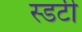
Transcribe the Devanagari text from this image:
स्डटी